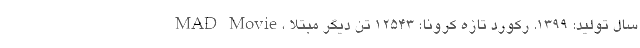
MAD Movie، سال تولید: 1399. رکورد تازه کرونا؛ ۱۲۵۴۳ تن دیگر مبتلا